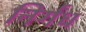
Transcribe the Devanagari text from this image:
निर्गंध